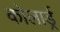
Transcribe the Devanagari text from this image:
कोलार्ड्र